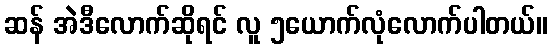
ဆန် အဲဒီလောက်ဆိုရင် လူ ၅ယောက်လုံလောက်ပါတယ်။